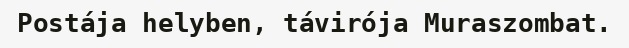
Postája helyben, távirója Muraszombat.